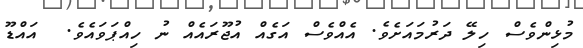
މުޅިންވެސް ހިލޭ ދަރުމައަށެވެ. އެއްވެސް އަގެއް އުޖޫރައެއް ނު ހިއްޕަވައެވެ.  އައްޑޫ